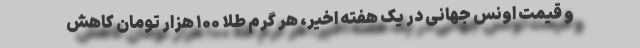
و قیمت اونس جهانی در یک هفته اخیر، هر گرم طلا ۱۰۰ هزار تومان کاهش